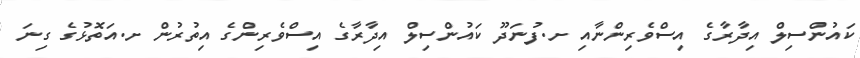
ކައުންސިލް އިދާރާގެ އިސްވެރިންނާއި ށ.ފުނަދޫ ކައުންސިލް އިދާރާގެ އިސްވެރިންގެ އިތުރުން ށ.އަތޮޅުގެ ގިނަ